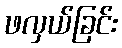
ဖလှယ်ခြင်း